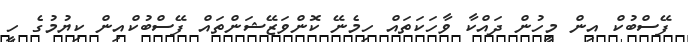
ފޭސްބުކް އިން މީހުން ދައްކާ ވާހަކަތައް ހިމެނޭ ކޮންވަޒޭޝަންތައް ފޭސްބުކްއިން ކިޔުމުގެ ހީ